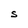
Character: S